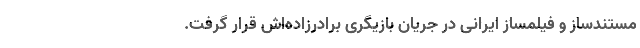
مستندساز و فیلمساز ایرانی در جریان بازیگری برادرزاده‌اش قرار گرفت.